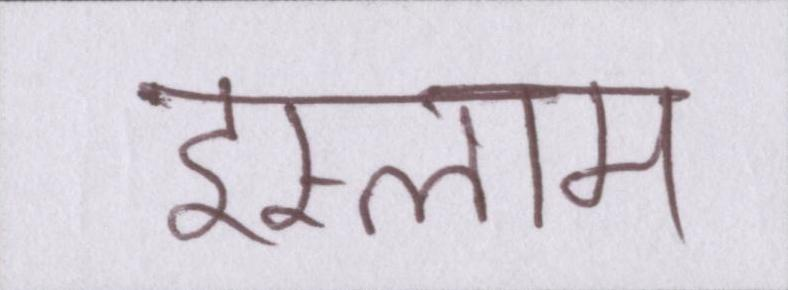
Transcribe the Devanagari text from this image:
इस्लाम